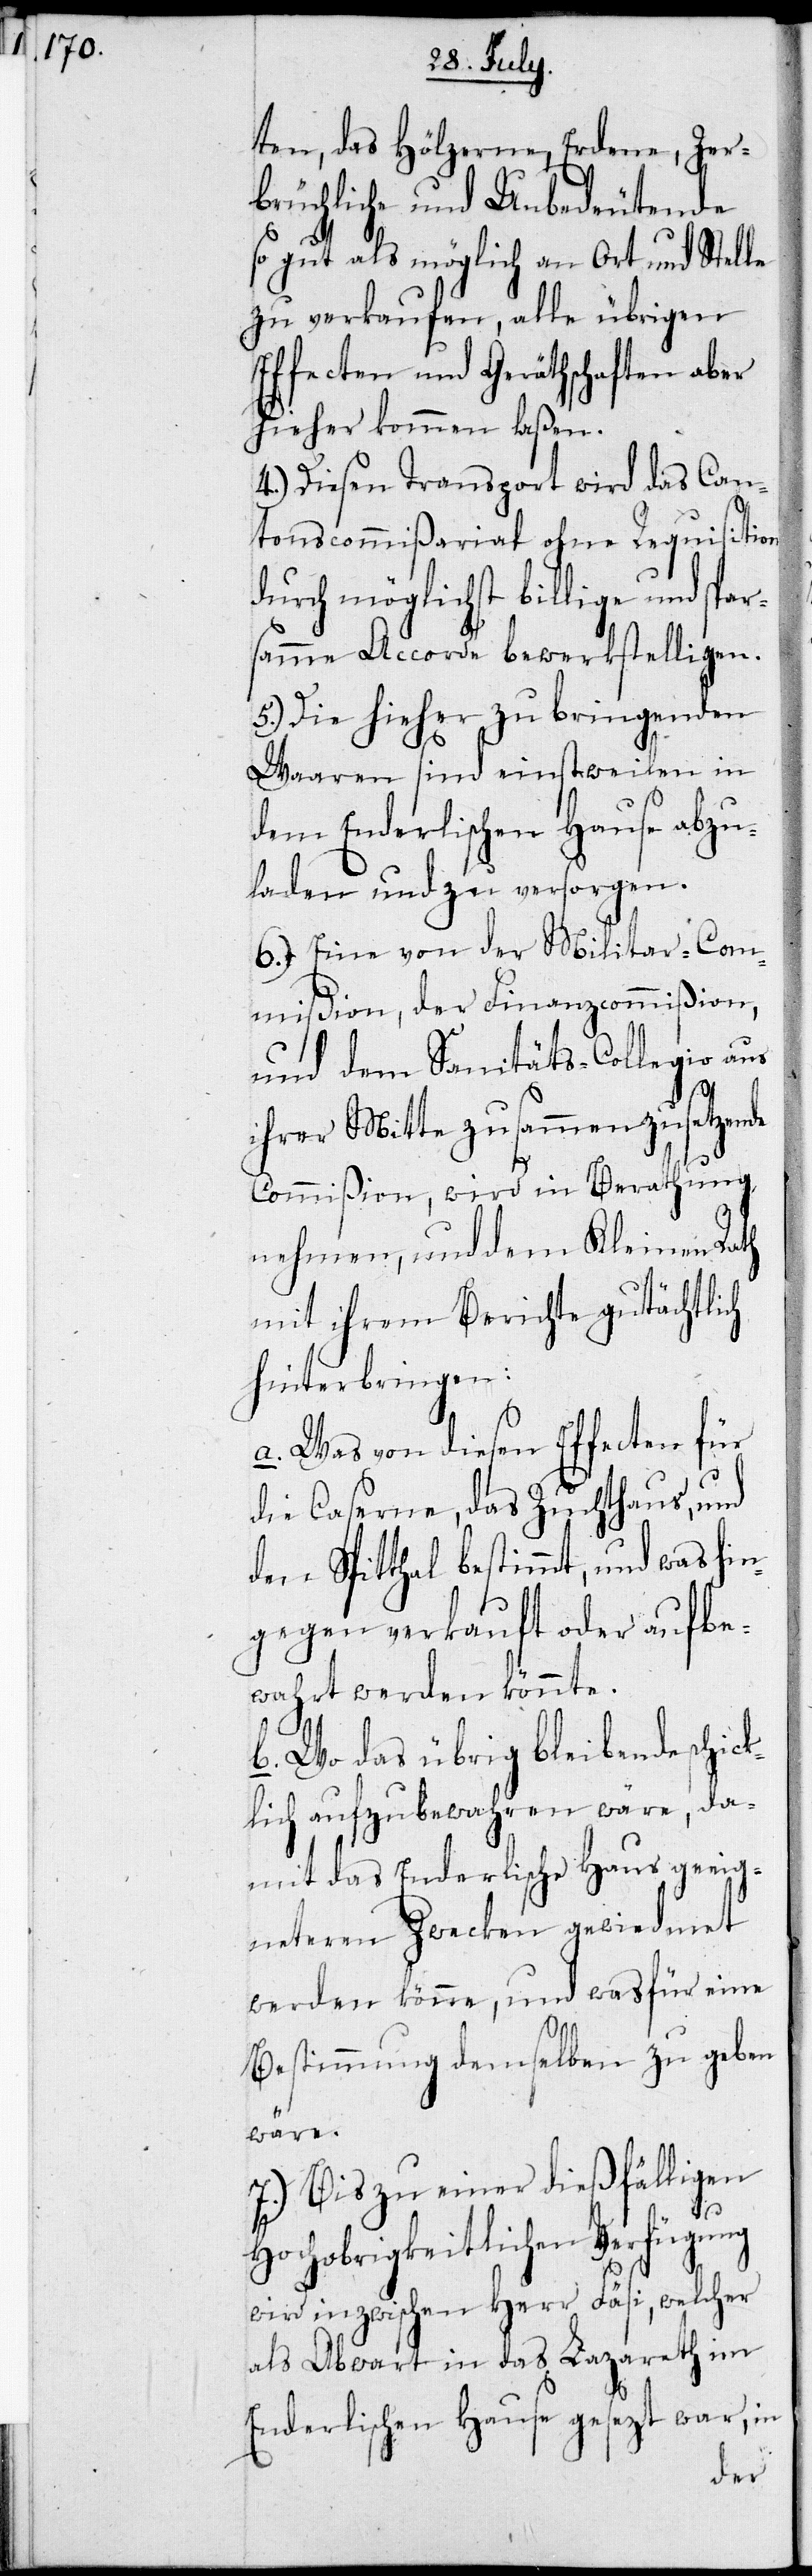
ten, das Hölzerne, Erdene, Zer¬
brüchliche und Unbedeutende
so gut als möglich an Ort und Stelle
zu verkaufen, alle übrigen
Effecten und Geräthschaften aber
hieher kommen laßen.
4.) Diesen Transport wird das Can¬
tonscommißariat ohne Requisition
durch möglichst billige und spar¬
samme Accorde bewerkstelligen.
5.) Die hieher zu bringenden
Waaren sind einstweilen in
dem Enderlischen Hause abzu¬
laden und zu versorgen.
6.) Eine von der Militar-Com¬
mißion, der Finanzcommißion,
und dem Sanitäts-Collegio aus
ihrer Mitte zusammenzusetzende
Commißion, wird in Berathung
nehmen, und dem Kleinen Rath
mit ihrem Berichte gutächtlich
hinterbringen:
a. Was von diesen Effecten für
die Caserne, das Zuchthaus, und
den Spitthal bestimmt, und was hin¬
gegen verkauft oder aufbe¬
wahrt werden könnte.
b. Wo das übrig bleibende schick¬
lich aufzubewahren wäre, da¬
mit das Enderlische Haus geeig¬
neteren Zwecken gewiedmet
werden könne, und wasfür eine
Bestimmung demselben zu geben
wäre.
7.) Bis zu einer dießfälligen
Hochobrigkeitlichen Verfügung
wird inzwischen Herr Fäsi, welcher
als Abwart in das Lazareth im
Enderlischen Hause gesezt war, in